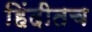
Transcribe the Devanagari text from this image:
हिंदीतच